Senior Leaving Certificate Examination (including Day School Certificate (Higher) General paper), 1948
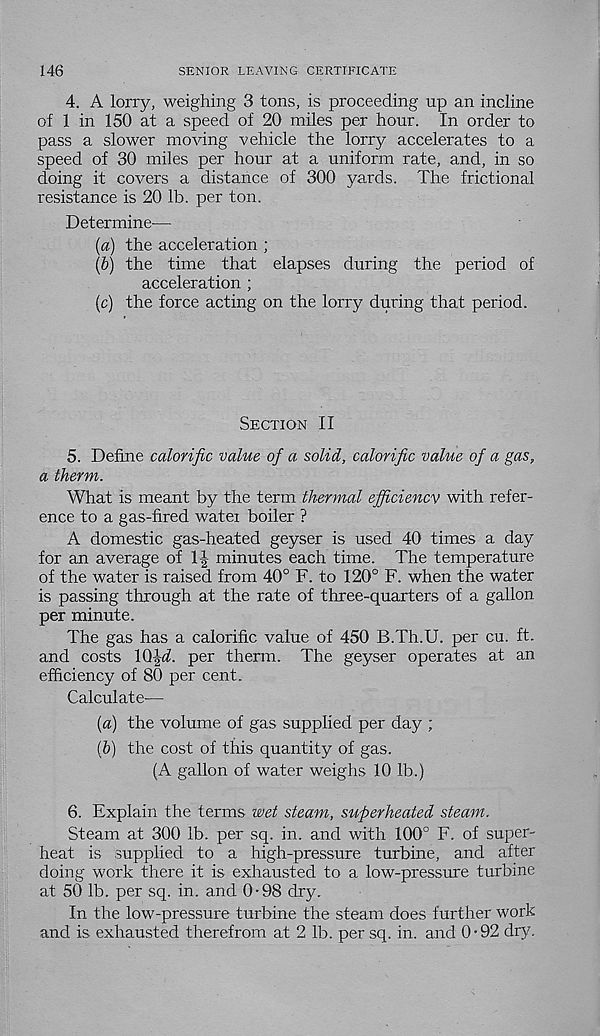
146
SENIOR LEAVING CERTIFICATE
4. A lorry, weighing 3 tons, is proceeding up an incline
of 1 in 150 at a speed of 20 miles per hour. In order to
pass a slower moving vehicle the lorry accelerates to a
speed of 30 miles per hour at a uniform rate, and, in so
doing it covers a distance of 300 yards. The frictional
resistance is 20 lb. per ton.
Determine—
(a) the acceleration ;
(b) the time that elapses during the period of
acceleration ;
(c) the force acting on the lorry during that period.
Section II
5. Define calorific value of a solid, calorific value of a gas,
a therm.
What is meant by the term thermal ejficiencv with refer-
ence to a gas-fired watei boiler ?
A domestic gas-heated geyser is used 40 times a day
for an average of 1-| minutes each time. The temperature
of the water is raised from 40° F. to 120° F. when the water
is passing through at the rate of three-quarters of a gallon
per minute.
The gas has a calorific value of 450 B.Th.U. per cu. ft.
and costs 1Q|^. per therm. The geyser operates at an
efficiency of 80 per cent.
Calculate-—
(a) the volume of gas supplied per day ;
(b) the cost of this quantity of gas.
(A gallon of water weighs 10 lb.)
6. Explain the terms wet steam, superheated steam.
Steam at 300 lb. per sq. in. and with 100° F. of super-
heat is supplied to a high-pressure turbine, and after
doing work there it is exhausted to a low-pressure turbine
at 50 lb. per sq. in. and 0-98 dry.
In the low-pressure turbine the steam does further work
and is exhausted therefrom at 2 lb. per sq. in. and 0-92 dry.